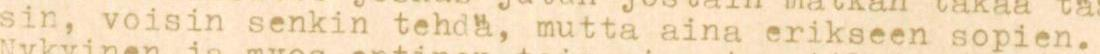
sin, voisin senkin tehda, mutta aina erikseen sopien.